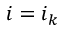
i = i _ { k }